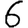
Digit: 6